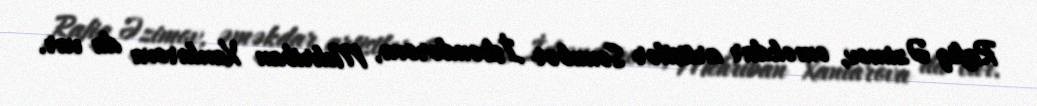
Rafiq Əzimov, əməkdar artistlər Sənubər İskəndərova, Mehriban Xanlarova da var.